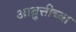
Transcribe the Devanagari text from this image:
आव्रुत्तीच्या